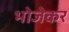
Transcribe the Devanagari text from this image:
भोजेकर